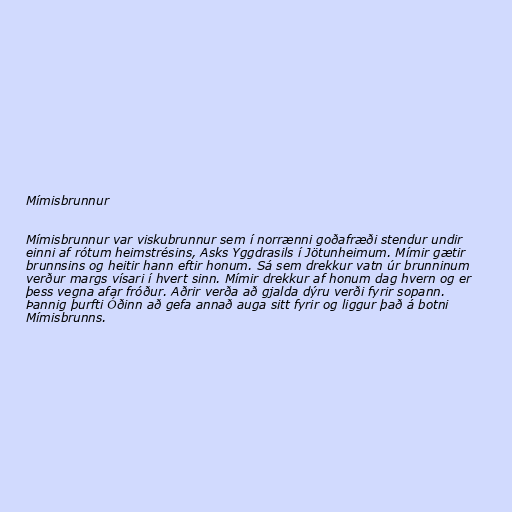
Mímisbrunnur

Mímisbrunnur var viskubrunnur sem í norrænni goðafræði stendur undir
einni af rótum heimstrésins, Asks Yggdrasils í Jötunheimum. Mímir gætir
brunnsins og heitir hann eftir honum. Sá sem drekkur vatn úr brunninum
verður margs vísari í hvert sinn. Mímir drekkur af honum dag hvern og er
þess vegna afar fróður. Aðrir verða að gjalda dýru verði fyrir sopann.
Þannig þurfti Óðinn að gefa annað auga sitt fyrir og liggur það á botni
Mímisbrunns.